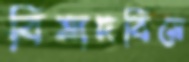
বিষাদবিষে